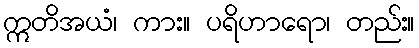
ဣတိအယံ၊ ကား။ ပရိဟာရော၊ တည်း။